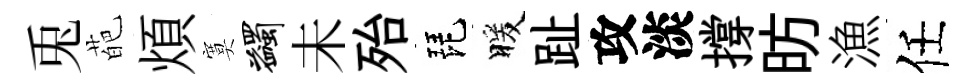
兎葩煩寞蠲未殆琵暖趾攻淡撐昉漁任